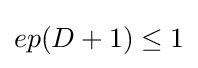
ep(D+1)\leq 1